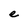
Character: e